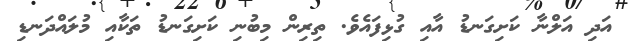
އަދި އަލްނާ ކަށިގަނޑު އާއި ގުޅިފައެވެ. ތިރިން މިބުނި ކަށިގަނޑު ތަކާއި މުލައްދަނޑި